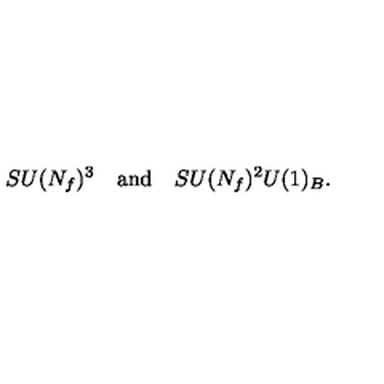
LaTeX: S U ( N _ { f } ) ^ { 3 } \quad \mathrm { a n d } \quad S U ( N _ { f } ) ^ { 2 } U ( 1 ) _ { B } .